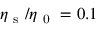
\eta _ { \mathrm { ~ s ~ } } / \eta _ { \mathrm { ~ 0 ~ } } = 0 . 1